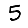
Digit: 5